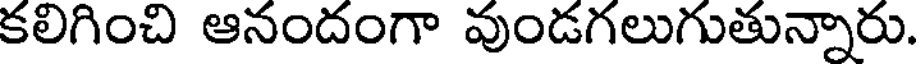
కలిగించి ఆనందంగా వుండగలుగుతున్నారు.